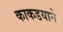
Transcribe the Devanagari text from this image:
काकडयाने